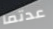
عدتما